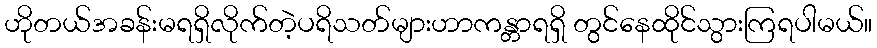
ဟိုတယ်အခန်းမရရှိလိုက်တဲ့ပရိသတ်များဟာကန္တာရရှိ တွင်နေထိုင်သွားကြရပါမယ်။